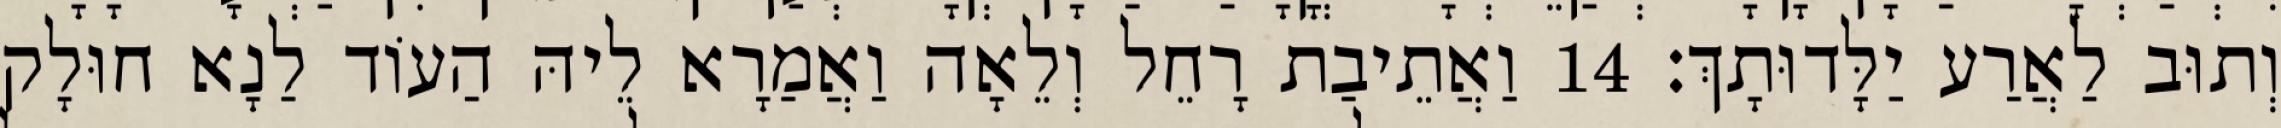
וְתוּב לַאֲרַע יַלָּדוּתָךְ׃ 14 וַאֲתֵיבַת רָחֵל וְלֵאָה וַאֲמַרָא לֵיהּ הַעוֹד לַנָא חוּלָק